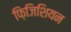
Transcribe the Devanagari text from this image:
फ़िजिशियन